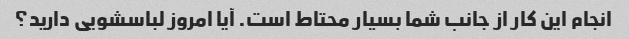
انجام این کار از جانب شما بسیار محتاط است. آیا امروز لباسشویی دارید؟